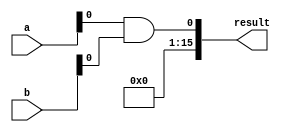
module wallace_tree_multiplier (
    input wire [7:0] a,
    input wire [7:0] b,
    output wire [15:0] result
);

wire [15:0] pp [15:0];
wire [15:0] c1, c2, c3, c4, c5, c6, c7;

assign pp[0] = a[0] & b[0];
assign pp[1] = a[1] & b[1];
assign pp[2] = a[2] & b[2];
assign pp[3] = a[3] & b[3];
assign pp[4] = a[4] & b[4];
assign pp[5] = a[5] & b[5];
assign pp[6] = a[6] & b[6];
assign pp[7] = a[7] & b[7];

assign c1 = pp[0] ^ (a[0] & b[0]);
assign pp[1] = pp[1] ^ (a[1] & b[1]) ^ (pp[0] & c1);
assign c2 = pp[1] ^ (a[1] & b[1]) ^ (pp[0] & c1);

assign pp[2] = pp[2] ^ (a[2] & b[2]) ^ (pp[1] & c2);
assign c3 = pp[2] ^ (a[2] & b[2]) ^ (pp[1] & c2);

assign pp[3] = pp[3] ^ (a[3] & b[3]) ^ (pp[2] & c3);
assign c4 = pp[3] ^ (a[3] & b[3]) ^ (pp[2] & c3);

assign pp[4] = pp[4] ^ (a[4] & b[4]) ^ (pp[3] & c4);
assign c5 = pp[4] ^ (a[4] & b[4]) ^ (pp[3] & c4);

assign pp[5] = pp[5] ^ (a[5] & b[5]) ^ (pp[4] & c5);
assign c6 = pp[5] ^ (a[5] & b[5]) ^ (pp[4] & c5);

assign pp[6] = pp[6] ^ (a[6] & b[6]) ^ (pp[5] & c6);
assign c7 = pp[6] ^ (a[6] & b[6]) ^ (pp[5] & c6);

assign pp[7] = pp[7] ^ (a[7] & b[7]) ^ (pp[6] & c7);

assign result = {pp[7], pp[6], pp[5], pp[4], pp[3], pp[2], pp[1], pp[0]};

endmodule